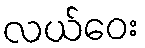
လယ်ဝေး